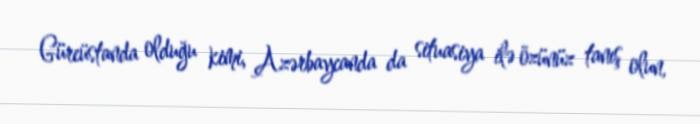
Gürcüstanda olduğu kimi, Azərbaycanda da situasiya ilə özünüz tanış olun,